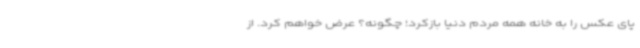
پای عکس را به خانه همه مردم دنیا بازکرد؛ چگونه؟ عرض خواهم کرد. از